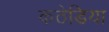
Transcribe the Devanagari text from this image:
कठेडिया